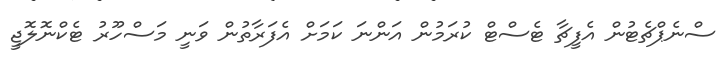
ސްނެޕްޗެޓުން އެފީޗާ ޓެސްޓް ކުރަމުން އަންނަ ކަމަށް އެފަރާތުން ވަނީ މަސްހޫރު ޓެކްނޮލޮޖީ